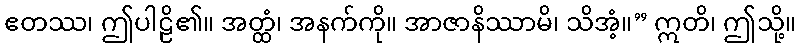
ဧတဿ၊ ဤပါဠိ၏။ အတ္ထံ၊ အနက်ကို။ အာဇာနိဿာမိ၊ သိအံ့။” ဣတိ၊ ဤသို့။